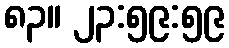
၈၃။ ၂၃:၅၉:၅၉